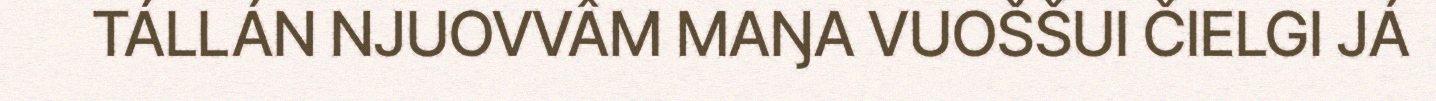
TÁLLÁN NJUOVVÂM MAŊA VUOŠŠUI ČIELGI JÁ